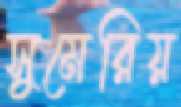
সুমেরিয়